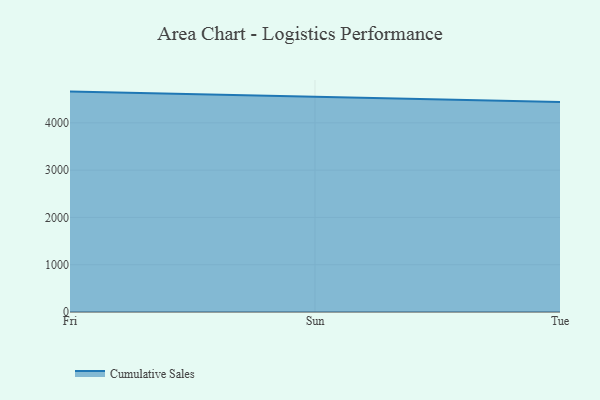
{"axis": {"x": "Day", "y": "LTV (USD)"}, "legend": ["Cumulative Sales"], "data": [{"x": "Fri", "y": 4660.3, "type": "Cumulative Sales"}, {"x": "Sun", "y": 4553.6, "type": "Cumulative Sales"}, {"x": "Tue", "y": 4439.7, "type": "Cumulative Sales"}]}